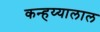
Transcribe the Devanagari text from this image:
कन्हय्यालाल